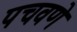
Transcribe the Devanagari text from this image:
पचवणे